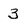
Character: 3